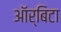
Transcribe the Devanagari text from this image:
ऑर्बिटा